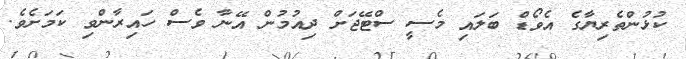
ކުޅުންތެރިޔާގެ އެވޯޑް ބަލައި މެސީ ސްޓޭޖަށް ދިއުމުން އޭނާ ވެސް ހައިރާންވި ކަމަށެވެ.